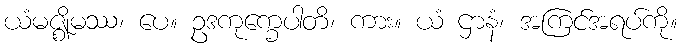
ယံမဇ္ဈိမဿ၊ ပေ။ ဥဒကုက္ခေပါတိ၊ ကား။ ယံ ဌာနံ၊ အကြင်အရပ်ကို။